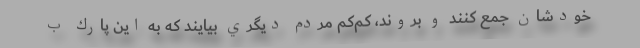
خودشان جمع كنند و بروند، كم‌كم مردم ديگري بيايند كه به اين پارك ب